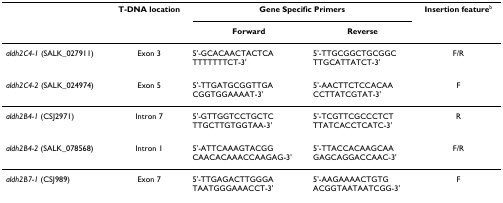
|  | T-DNA location | <COLSPAN=2> Gene Specific Primers | Insertion featureb |
 |  |  | Forward | Reverse |  |
 | --- | --- | --- | --- | --- |
 | aldh2C4-1 (SALK_027911) | Exon 3 | 5'-GCACAACTACTCATTTTTTTCT-3' | 5'-TTGCGGCTGCGGCTTGCATTATCT-3' | F/R |
 | aldh2C4-2 (SALK_024974) | Exon 5 | 5'-TTGATGCGGTTGACGGTGGAAAAT-3' | 5'-AACTTCTCCACAACCTTATCGTAT-3' | F |
 | aldh2B4-1 (CSJ2971) | Intron 7 | 5'-GTTGGTCCTGCTCTTGCTTGTGGTAA-3' | 5'-TCGTTCGCCCTCTTTATCACCTCATC-3' | R |
 | aldh2B4-2 (SALK_078568) | Intron 1 | 5'-ATTCAAAGTACGGCAACACAAACCAAGAG-3' | 5'-TTACCACAAGCAAGAGCAGGACCAAC-3' | F/R |
 | aldh2B7-1 (CSJ989) | Exon 7 | 5'-TTGAGACTTGGGATAATGGGAAACCT-3' | 5'-AAGAAAACTGTGACGGTAATAATCGG-3' | F |